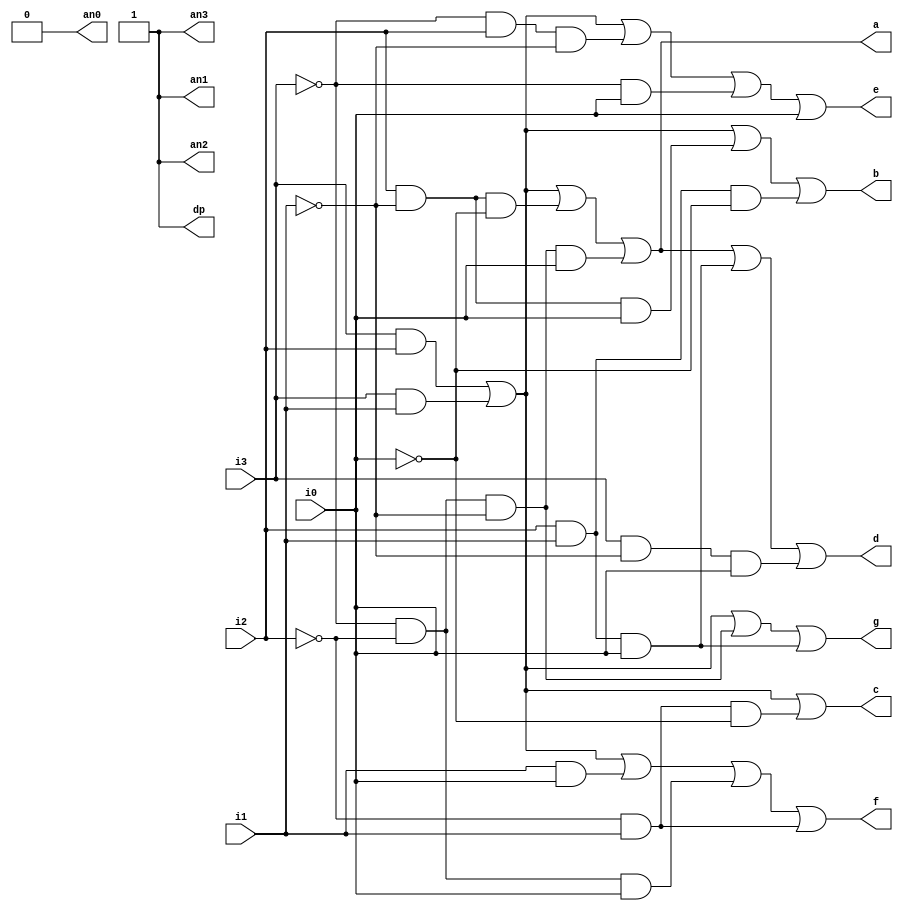
`timescale 1ns / 1ps
//////////////////////////////////////////////////////////////////////////////////
// Company: 
// Engineer: 
// 
// Design Name: 
// Module Name: BCD_Display
// Project Name: 
// Target Devices: 
// Tool Versions: 
// Description: 
// 
// Dependencies: 
// 
// Revision:
// Revision 0.01 - File Created
// Additional Comments:
// 
//////////////////////////////////////////////////////////////////////////////////


module BCD_Seg_Display(
    input i0,
    input i1,
    input i2,
    input i3,    
    output an0,
    output an1,
    output an2,
    output an3,
    output a,
    output b,
    output c,
    output d,
    output e,
    output f,
    output g,
    output dp
    );


    //wires for outputs 
    wire and_m0, and_m1, and_m2, and_m3, and_m4, and_m5, and_m6,
    and_m7, and_m8, and_m9, and_m10, and_m11, and_m12, and_m13, and_m14, and_m15, not_i3, not_i2, not_i1, not_i0;
    
      assign an0=1'b0;
      assign an1=1'b1;
      assign an2=1'b1;
      assign an3=1'b1;
      assign dp = 1'b1;
        
    //Instantiating Not gates 
    not n0 (not_i3, i3);
    not n1 (not_i2, i2);
    not n2 (not_i1, i1);
    not n3 (not_i0, i0);
    
    //make AND gates
    and m0 (and_m0, i3, i2);
    and m1 (and_m1, i3, i1);
    and m2 (and_m2, i2, not_i1 ,not_i0);
    and m3 (and_m3, not_i3, not_i2, not_i1, i0);
    and m4 (and_m4, i2, not_i1, i0);
    and m5 (and_m5, i2, i1, not_i0);
    and m6 (and_m6, not_i2, i1, not_i0);
    and m7 (and_m7, not_i3, not_i2, not_i1, i0);
    and m8 (and_m8, i2, i1, i0);
    and m9 (and_m9, not_i3, i2, not_i1);
    and m10 (and_m10, not_i3, i0);
    and m11 (and_m11, i1, i0);
    and m12 (and_m12, not_i3, not_i2, i0);
    and m13 (and_m13,not_i3, not_i2, not_i1);
    and m14 (and_m14, not_i2, i1);
    and m15 (and_m15, i3, not_i1, i0);
    
    //set up the OR gates
    or agate (a, and_m0, and_m1, and_m2, and_m3);
    or bgate (b, and_m0, and_m1, and_m4, and_m5);
    or cgate (c, and_m0, and_m1, and_m6);
    or dgate (d, and_m0, and_m1, and_m2, and_m7, and_m8, and_m15);
    or egate (e, and_m0, and_m1, and_m9, and_m10, i0);
    or fgate (f, and_m0, and_m1, and_m11, and_m12, and_m14);
    or ggate (g, and_m0, and_m1, and_m13, and_m8);


endmodule